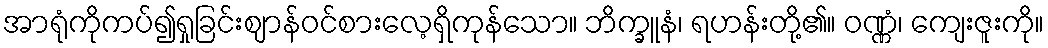
အာရုံကိုကပ်၍ရှုခြင်းဈာန်ဝင်စားလေ့ရှိကုန်သော။ ဘိက္ခူနံ၊ ရဟန်းတို့၏။ ဝဏ္ဏံ၊ ကျေးဇူးကို။